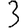
Digit: 3